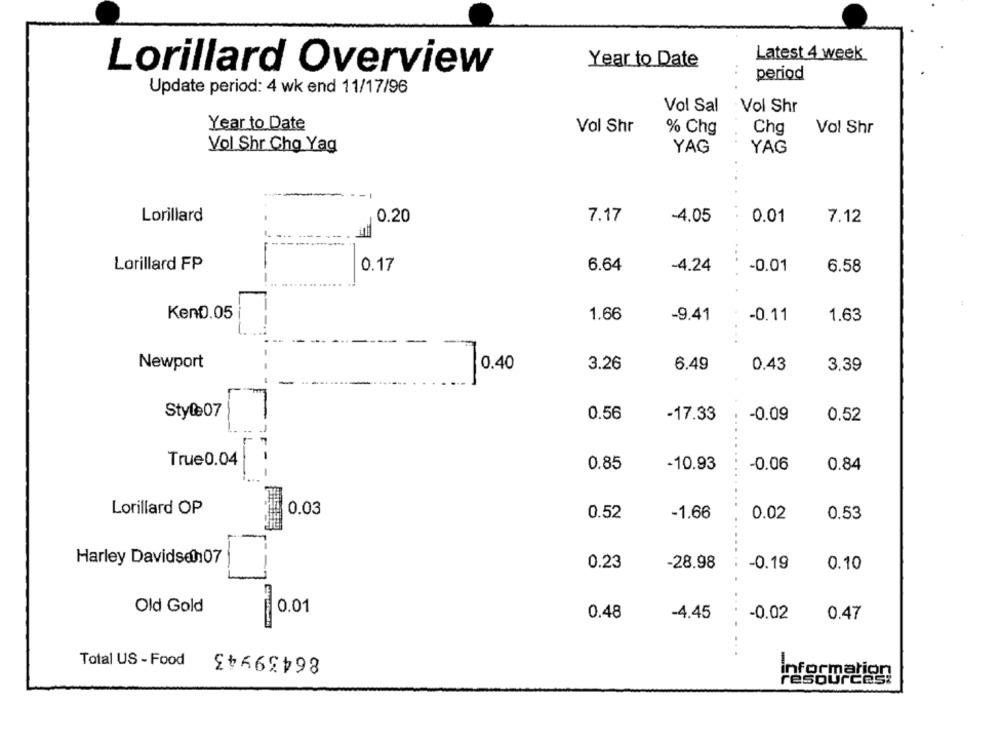
Latest 4 week
Year to Date
Lorillard Overview
period
Update period: 4 wk end 11/17/96
Vol Sal
Vol Shr
Year to Date
Val Shr
% Chg
Chg
Vol Shr
Vol Shr Cho Yag
YAG
YAG
....
Lorillard
0.20
7.17
-4.05
0.01
7.12
Lorillard FP
0.17
6.64
-4.24
-0.01
6.58
....
Kent.05
1.66
-9.41
-0.11
1.63
...
Newport
10.40
3.26
6.49
0.43
3.39
Style07
0.56
-0.09
-17.33
0.52
True0.04
0.85
-10.93
-0.06
0.84
Lorillard OP
0.03
0.52
-1.66
0.02
0.53
Harley Davidson107
-
0.23
-0.19
0.10
-28.98
Old Gold
0.01
0.48
-4.45
0.47
-0.02
86439943
.......
Total US - Food
Information